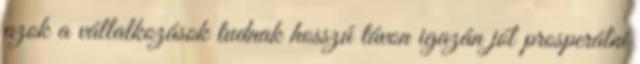
azok a vállalkozások tudnak hosszú távon igazán jól prosperálni